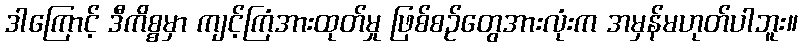
ဒါကြောင့် ဒီကိစ္စမှာ ကျင့်ကြံအားထုတ်မှု ဖြစ်စဉ်တွေအားလုံးက အမှန်မဟုတ်ပါဘူး။